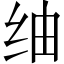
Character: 䌷